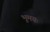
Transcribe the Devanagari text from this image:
भूमयः